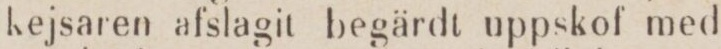
kejsaren afslagit begärdt uppskof med